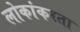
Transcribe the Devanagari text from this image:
लोकांकरता